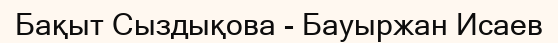
Бақыт Сыздықова - Бауыржан Исаев